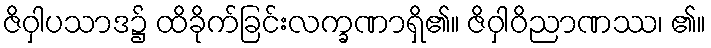
ဇိဝှါပသာဒ၌ ထိခိုက်ခြင်းလက္ခဏာရှိ၏။ ဇိဝှါဝိညာဏဿ၊ ၏။